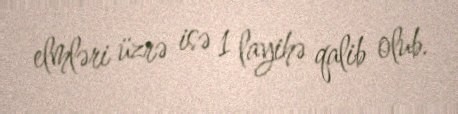
elmləri üzrə isə 1 layihə qalib olub.